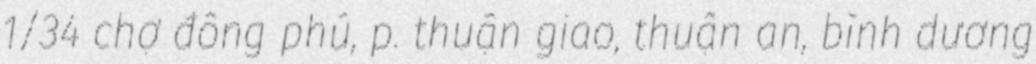
1/34 chợ đông phú, p. thuận giao, thuận an, bình dương